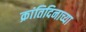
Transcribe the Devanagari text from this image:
क्रांतिदिनाच्या